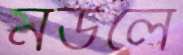
মউলে